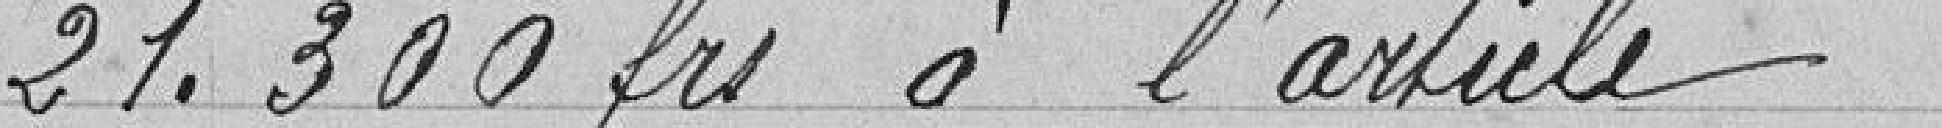
21.300 francs à l'article